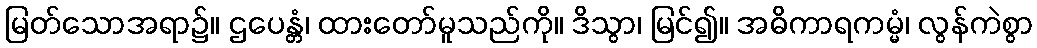
မြတ်သောအရာ၌။ ဌပေန္တံ၊ ထားတော်မူသည်ကို။ ဒိသွာ၊ မြင်၍။ အဓိကာရကမ္မံ၊ လွန်ကဲစွာ